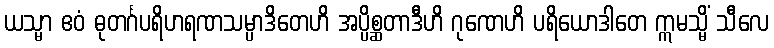
ယသ္မာ ဧဝံ ဓုတင်္ဂပရိဟရဏသမ္ပာဒိတေဟိ အပ္ပိစ္ဆတာဒီဟိ ဂုဏေဟိ ပရိယောဒါတေ ဣမသ္မိံ သီလေ